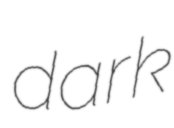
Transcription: dark